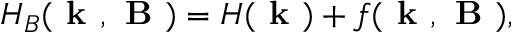
H _ { B } ( \textbf { k } , \textbf { B } ) = H ( \textbf { k } ) + f ( \textbf { k } , \textbf { B } ) ,